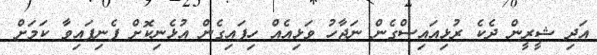
އަދި ޝީރީން ދެކެ ރުޅިއައިސްގެން ނަޖާހު ވަޅިއެއް ހިފައިގެން އުޅެނިކޮށް ފެނިފައިވާ ކަމަށް